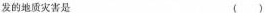
发的地质灾害是 （ ）